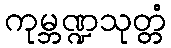
ကုမ္ဘဏ္ဍသုတ္တံ